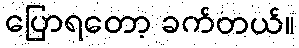
ပြောရတော့ ခက်တယ်။